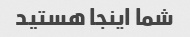
شما اینجا هستید